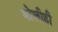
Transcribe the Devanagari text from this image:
बोलीही